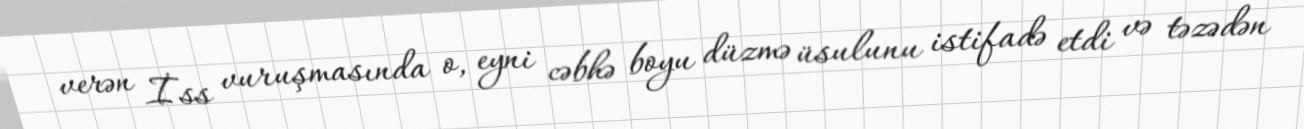
verən İss vuruşmasında o, eyni cəbhə boyu düzmə üsulunu istifadə etdi və təzədən